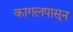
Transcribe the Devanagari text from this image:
कागलपासून